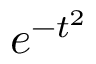
e ^ { - t ^ { 2 } }